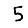
Digit: 5